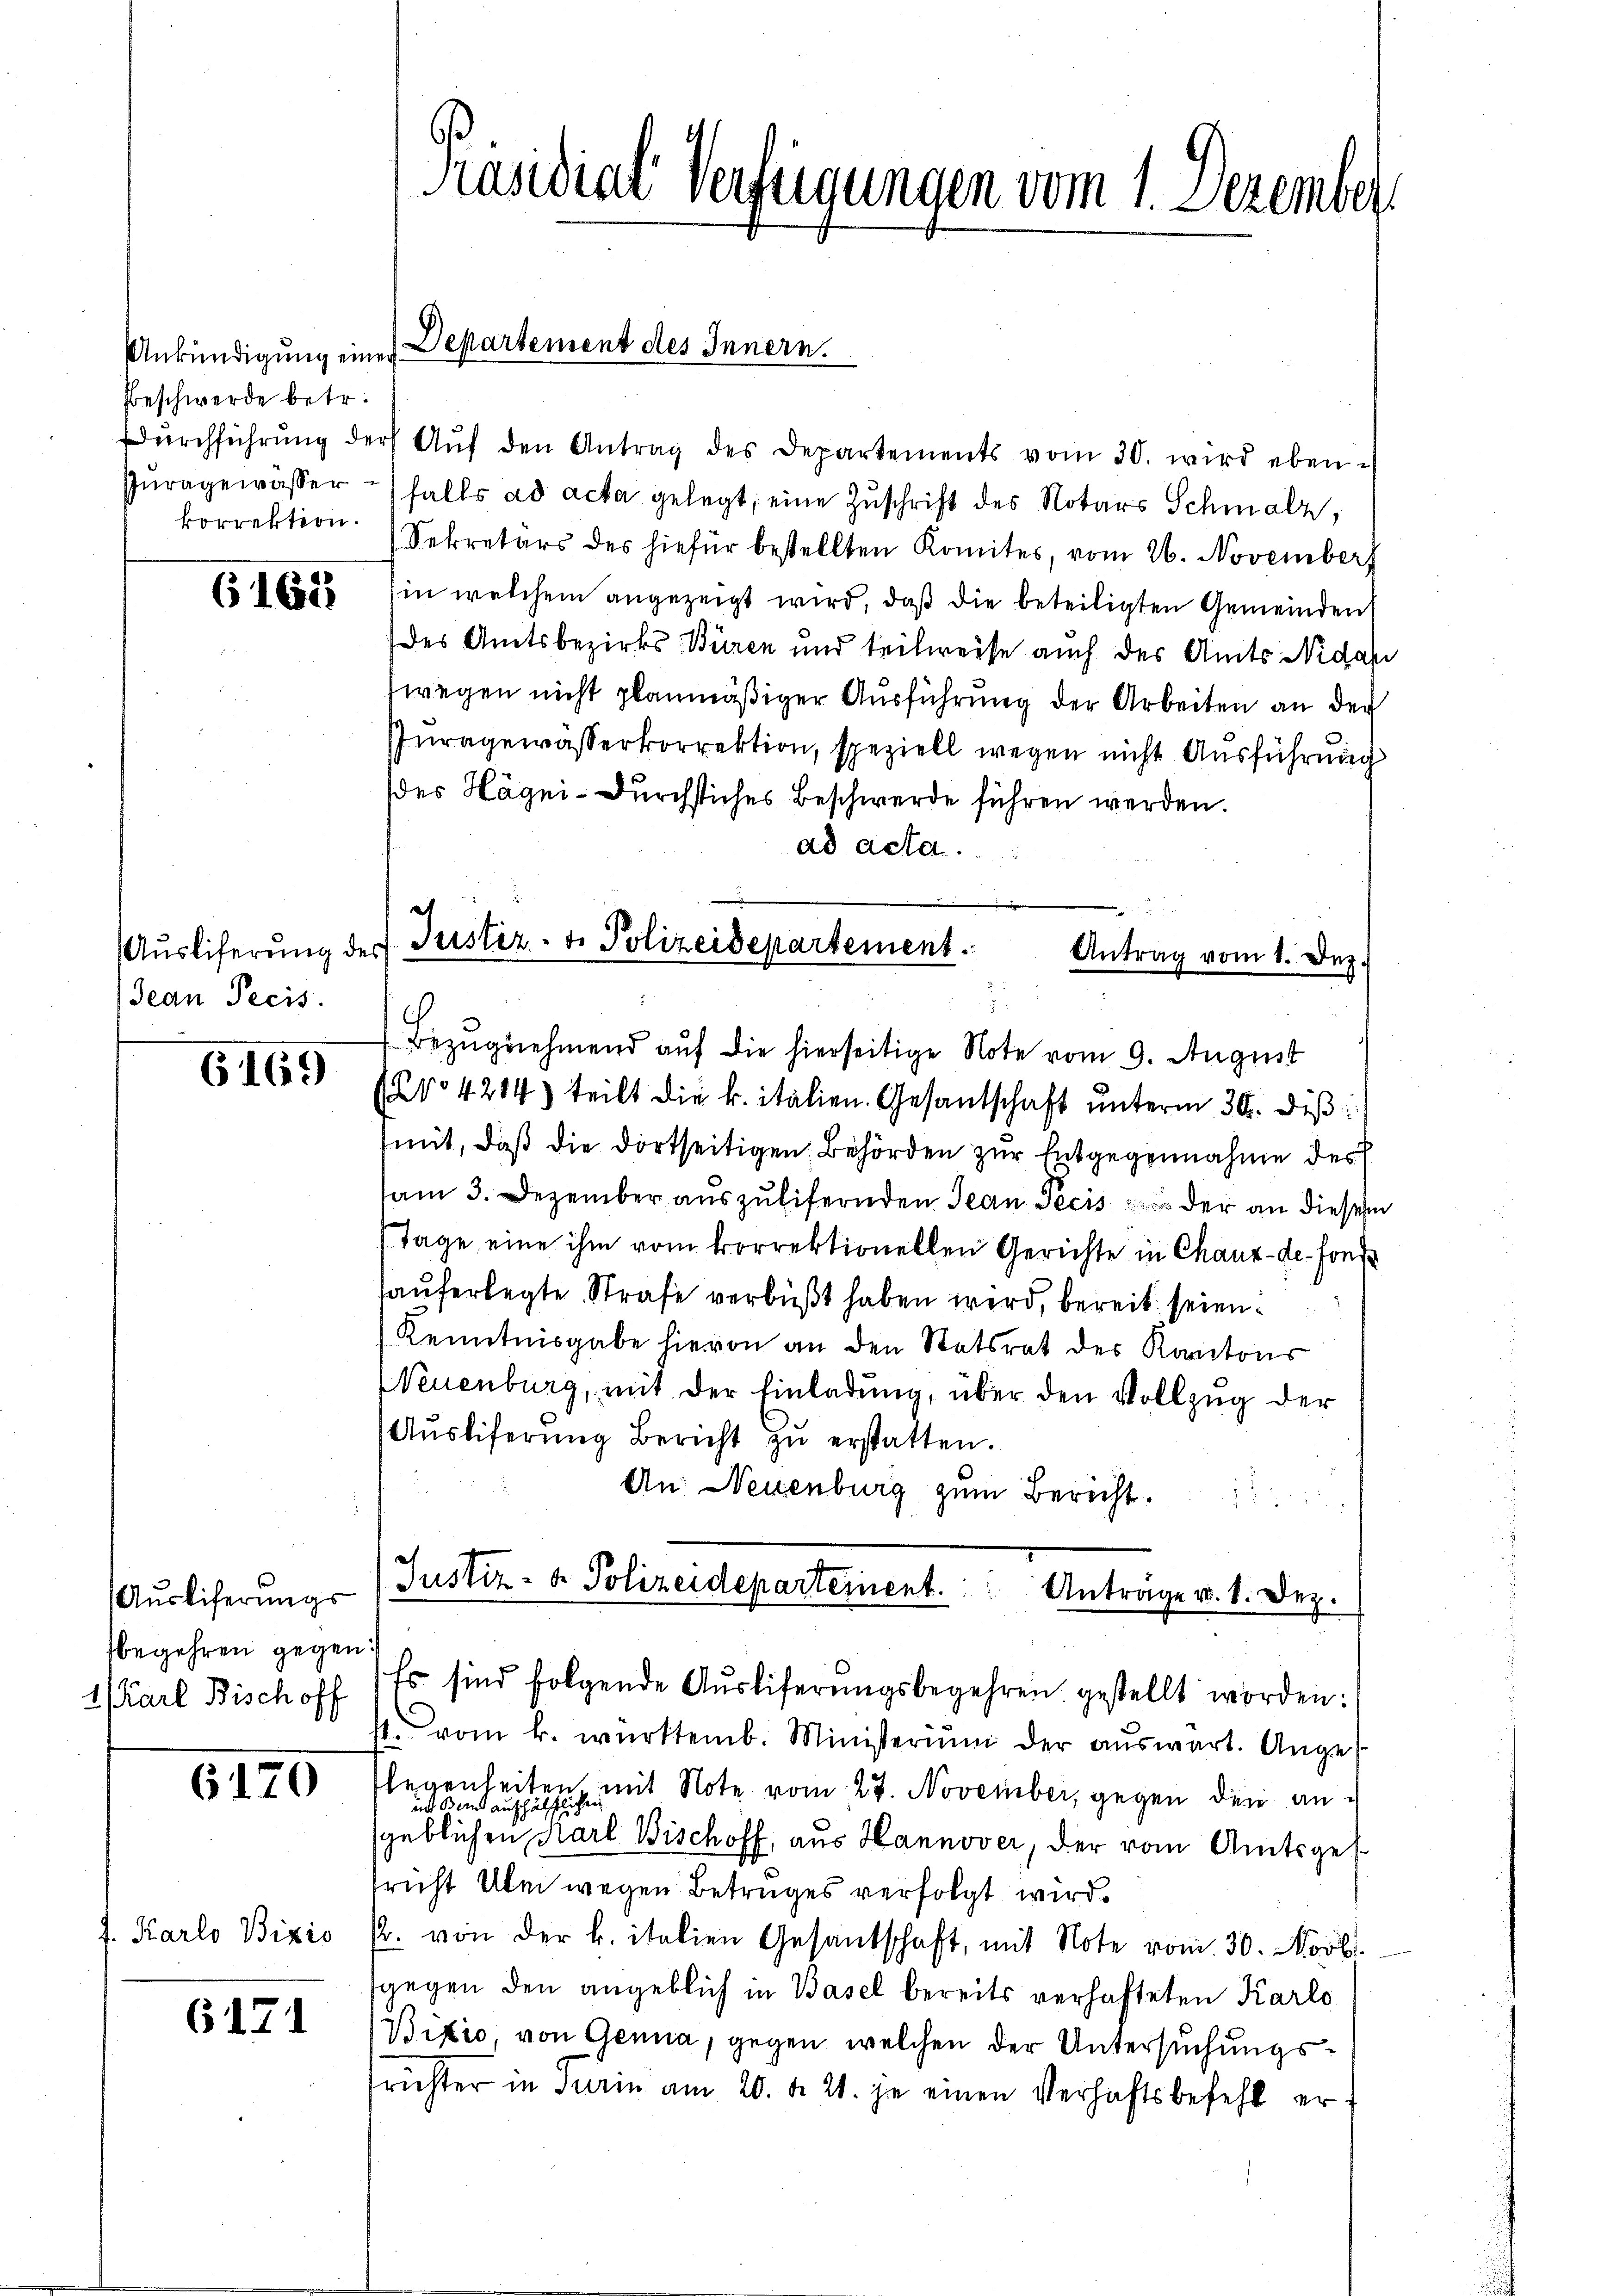
Beschwerde betr.
Durchführung der
Puragewasser
korrektion.

(162

Jean Pecis

G169

begehren gegen:
1 Karl Bisch off

6170

J. Karlo Bizio

6171

Aŭsliferung: Justiz- & Polizeidepartement. " Anträge v. 1. Dez.

Präsidial Verfügungen vom 1. Dezember

Ankündigung eines Departement des Innern.

Aŭf den Antrag des Departements vom 30. wird eben-
falls ad acta gelegt; eine Zuschrift des Notars Schmalz,
Sekretärs des hiefür bestellten Komites, vom 26. November
in welchem angezeigt wird, daß die beteiligten Gemeinden
des Amtsbezirks-Büren und teilweise auch des Amts Nidari
fwegen nicht planmäßiger Ausführung der Arbeiten an der
Iuragewasserkorrektion, speziell wegen nicht Ausführung
des Hägni-Durchstiches Beschwerde führen werden.
ad acta.
Auslieferung der Justiz- & Polizeidepartement.

Antrag vom 1. Dez.
Bezŭgnehmend auf die hierseitige Note vom 9. August

Nro 4214) teilt die k. italien. Gesantschaft ŭnterm 30. diβ:
mit, daß die dortseitigen Behörden zur Entgegennahme der
am 3. Dezember auszulifernden Jean Pecis der an dieses
Tage eine ihm vom korrektionellen Gerichte in Chaux-de-Fonst
hauferlegte Strafe verbüßt haben wird, bereit seien.
Kenntnisgabe hievon an den Statsrat des Kantons
Neuenburg, mit der Einladung, über den Vollzug der
Aŭsliferŭng Bericht zŭ erstatten.
An Neuenburg zum Bericht.

Es sind folgende Aŭsliferungsbegehren gestellt worden:

4. vom k. württemb. Ministeriŭm der aŭswart. Ange¬
Flegenheite
ich den mit Note vom 27. November, gegen den ansgeblichen Karl Bischoff, aus Hannover, der vom Amtsges.
sricht Über wegen Betruges verfolgt wird.
r. von der k. italien Gesandschaft, mit Note vom 30. Novbr.
gegen den angeblich in Basel bereits verhafteten Karlo
Bizio, von Genua, gegen welchen der Untersuchungsfrichter in Turin am 20. d. 21. je einen Verhaftsbefehl er